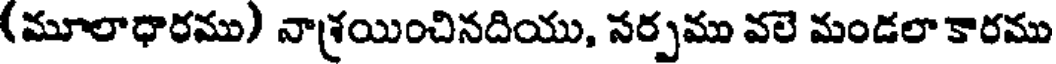
(మూలాధారము) నాశ్రయించినదియు, సర్పము వలె మండలా కారము